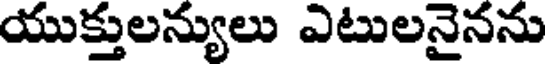
యుక్తులన్యులు ఎటులనైనను